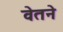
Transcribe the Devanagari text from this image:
वेतने